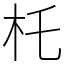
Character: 杔